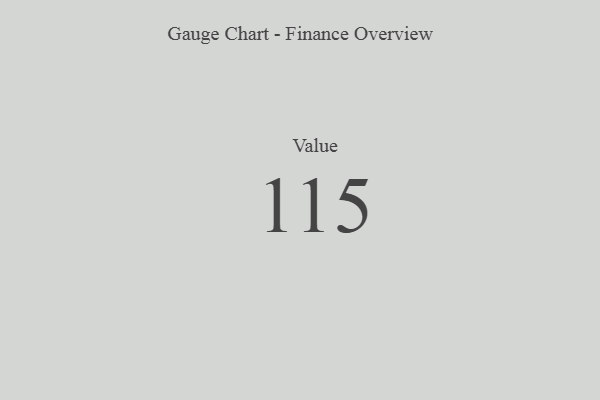
{"axis": {"x": "Metric", "y": "Value"}, "legend": [""], "data": [{"x": "Value", "y": 115, "type": ""}]}